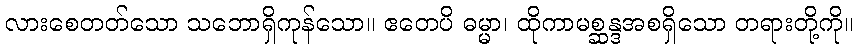
လားစေတတ်သော သဘောရှိကုန်သော။ ဧတေပိ ဓမ္မာ၊ ထိုကာမစ္ဆန္ဒအစရှိသော တရားတို့ကို။